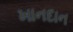
ખાનદાન